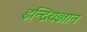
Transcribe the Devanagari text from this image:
इन्द्रियज्ञान